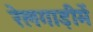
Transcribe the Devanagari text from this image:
रेलगाड़ीमें